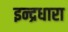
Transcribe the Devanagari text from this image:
इन्द्रधारा